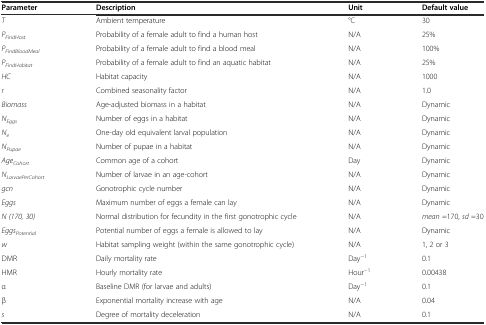
<table><thead><tr><td><b>Parameter</b></td><td><b>Description</b></td><td><b>Unit</b></td><td><b>Default value</b></td></tr></thead><tbody><tr><td><i>T</i></td><td>Ambient temperature</td><td>°C</td><td>30</td></tr><tr><td><i>P</i><sub><i>FindHost</i></sub></td><td>Probability of a female adult to find a human host</td><td>N/A</td><td>25%</td></tr><tr><td><i>P</i><sub><i>FindBloodMeal</i></sub></td><td>Probability of a female adult to find a blood meal</td><td>N/A</td><td>100%</td></tr><tr><td><i>P</i><sub><i>FindHabitat</i></sub></td><td>Probability of a female adult to find an aquatic habitat</td><td>N/A</td><td>25%</td></tr><tr><td><i>HC</i></td><td>Habitat capacity</td><td>N/A</td><td>1000</td></tr><tr><td><i>r</i></td><td>Combined seasonality factor</td><td>N/A</td><td>1.0</td></tr><tr><td><i>Biomass</i></td><td>Age-adjusted biomass in a habitat</td><td>N/A</td><td>Dynamic</td></tr><tr><td><i>N</i><sub><i>Eggs</i></sub></td><td>Number of eggs in a habitat</td><td>N/A</td><td>Dynamic</td></tr><tr><td><i>N</i><sub><i>e</i></sub></td><td>One-day old equivalent larval population</td><td>N/A</td><td>Dynamic</td></tr><tr><td><i>N</i><sub><i>Pupae</i></sub></td><td>Number of pupae in a habitat</td><td>N/A</td><td>Dynamic</td></tr><tr><td><i>Age</i><sub><i>Cohort</i></sub></td><td>Common age of a cohort</td><td>Day</td><td>Dynamic</td></tr><tr><td><i>N</i><sub><i>LarvaePerCohort</i></sub></td><td>Number of larvae in an age-cohort</td><td>N/A</td><td>Dynamic</td></tr><tr><td><i>gcn</i></td><td>Gonotrophic cycle number</td><td>N/A</td><td>Dynamic</td></tr><tr><td><i>Eggs</i></td><td>Maximum number of eggs a female can lay</td><td>N/A</td><td>Dynamic</td></tr><tr><td><i>N (170, 30)</i></td><td>Normal distribution for fecundity in the first gonotrophic cycle</td><td>N/A</td><td><i>mean</i> =170, <i>sd</i> =30</td></tr><tr><td><i>Eggs</i><sub><i>Potential</i></sub></td><td>Potential number of eggs a female is allowed to lay</td><td>N/A</td><td>Dynamic</td></tr><tr><td><i>w</i></td><td>Habitat sampling weight (within the same gonotrophic cycle)</td><td>N/A</td><td>1, 2 or 3</td></tr><tr><td>DMR</td><td>Daily mortality rate</td><td>Day<sup>-1</sup></td><td>0.1</td></tr><tr><td>HMR</td><td>Hourly mortality rate</td><td>Hour<sup>-1</sup></td><td>0.00438</td></tr><tr><td>α</td><td>Baseline DMR (for larvae and adults)</td><td>Day<sup>-1</sup></td><td>0.1</td></tr><tr><td>β</td><td>Exponential mortality increase with age</td><td>N/A</td><td>0.04</td></tr><tr><td><i>s</i></td><td>Degree of mortality deceleration</td><td>N/A</td><td>0.1</td></tr></tbody></table>